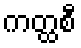
ကတ္ထစီ